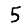
Digit: 5